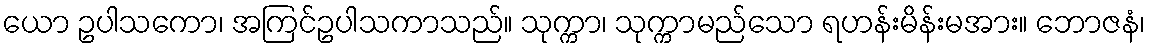
ယော ဥပါသကော၊ အကြင်ဥပါသကာသည်။ သုက္ကာ၊ သုက္ကာမည်သော ရဟန်းမိန်းမအား။ ဘောဇနံ၊